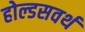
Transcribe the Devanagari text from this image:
होल्डसवर्थ